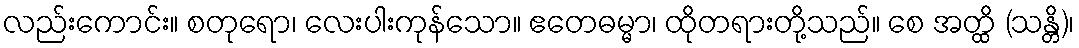
လည်းကောင်း။ စတုရော၊ လေးပါးကုန်သော။ ဧတေဓမ္မာ၊ ထိုတရားတို့သည်။ စေ အတ္ထိ (သန္တိ)၊